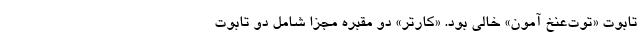
تابوت «توت‌عنخ آمون» خالی بود. «کارتر» دو مقبره مجزا شامل دو تابوت